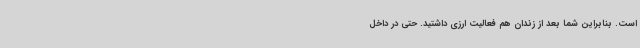
است. بنابراین شما بعد از زندان هم فعالیت ارزی داشتید. حتی در داخل